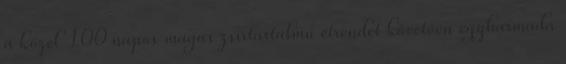
a közel 100 napos magas zsírtartalmú étrendet követően egyharmada